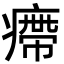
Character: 㿃